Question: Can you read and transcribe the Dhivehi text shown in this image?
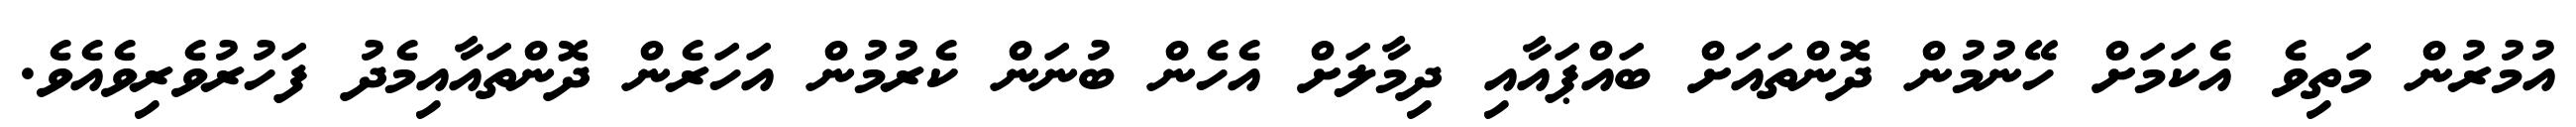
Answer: އުމުރުން މަތިވެ އެކަމަށް ހޭނުމުން ދޮންތައަށް ބައްޕައާއި ދިމާލަށް އެހެން ބުނަން ކެރުމުން އަހަރެން ދޮންތައާއިމެދު ފަހުރުވެރިވެއެވެ.